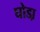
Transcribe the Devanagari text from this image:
घोडा़